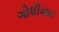
ગોધીયાર